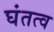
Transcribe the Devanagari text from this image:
घंतत्व